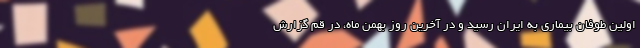
اولین طوفان بیماری به ایران رسید و در آخرین روز بهمن ماه، در قم گزارش